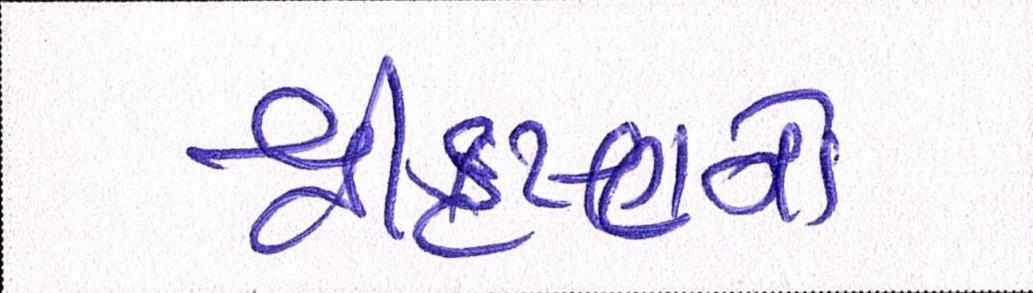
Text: શ્રીકૃષ્ણનો